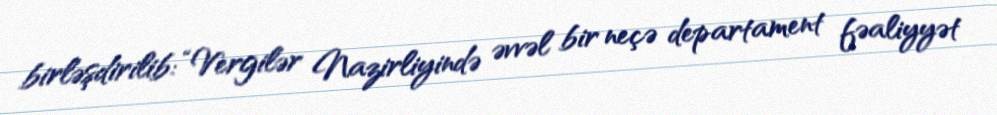
birləşdirilib: “Vergilər Nazirliyində əvvəl bir neçə departament fəaliyyət